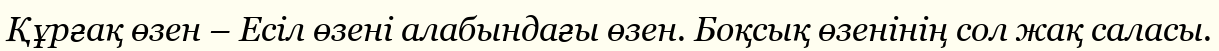
Құрғақ өзен – Есіл өзені алабындағы өзен. Боқсық өзенінің сол жақ саласы.